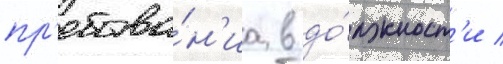
пр'ебыва́н'иа в до́лжност'и /